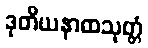
ဒုတိယနာထသုတ္တံ